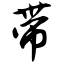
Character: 带